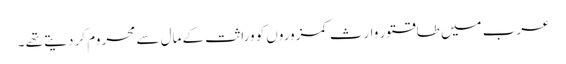
عرب میں طاقتور وارث کمزوروں کو وراثت کے مال سے محروم کر دیتے تھے ۔